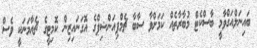
ބައިނަލްއަގްވާމީ ބާސްކެޓް މުބާރާތެއް ކަމަށްވާ ސާބާ ޗެމްޕިއަންޝިޕްގެ އޮގަނައިޒިން ކޮމިޓީގެ ޗެއާމަނަކީ ވެސް